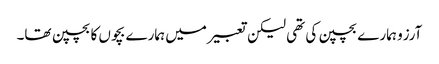
آرزو ہمارے بچپن کی تھی لیکن تعبیر میں ہمارے بچوں کا بچپن تھا۔